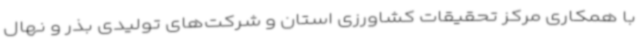
با همکاری مرکز تحقیقات کشاورزی استان و شرکت‌های تولیدی بذر و نهال